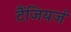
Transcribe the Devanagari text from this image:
टैंजियर्ज